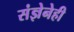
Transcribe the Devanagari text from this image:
संज्ञेनेही